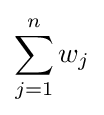
\sum _{j=1}^{n}{w_{j}}